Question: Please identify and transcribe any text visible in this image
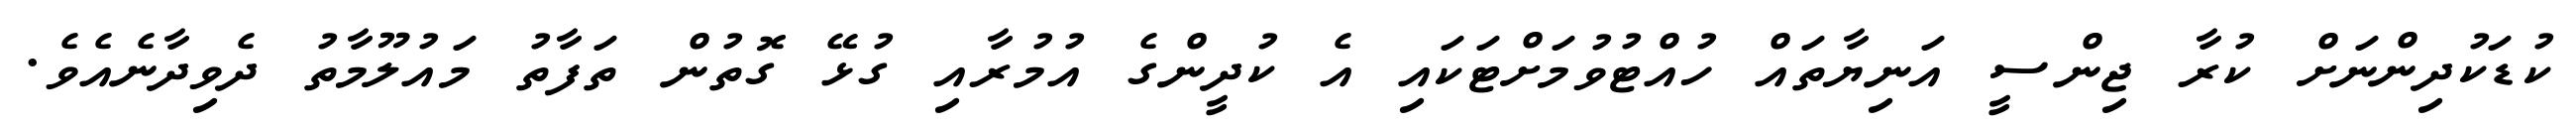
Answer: ކުޑަކުދިންނަށް ކުރާ ޖިންސީ އަނިޔާތައް ހުއްޓުވުމަށްޓަކައި އެ ކުދީންގެ އުމުރާއި ގުޅޭ ގޮތުން ތަފާތު މައުލޫމާތު ދެވިދާނެއެވެ.